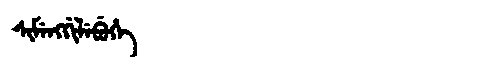
Manchu: ᠰᡳᠮᡝᠩᡤᡳᠯᡝᠪᡠᡥᡝ
Romanization: SIMENGGILEBUHE